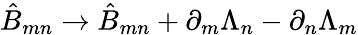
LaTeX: \hat{B}_{mn}\rightarrow\hat{B}_{mn}+\partial_{m}\Lambda_{n}-\partial_{n}\Lambda_{m}